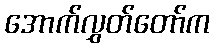
အောက်လွှတ်တော်က